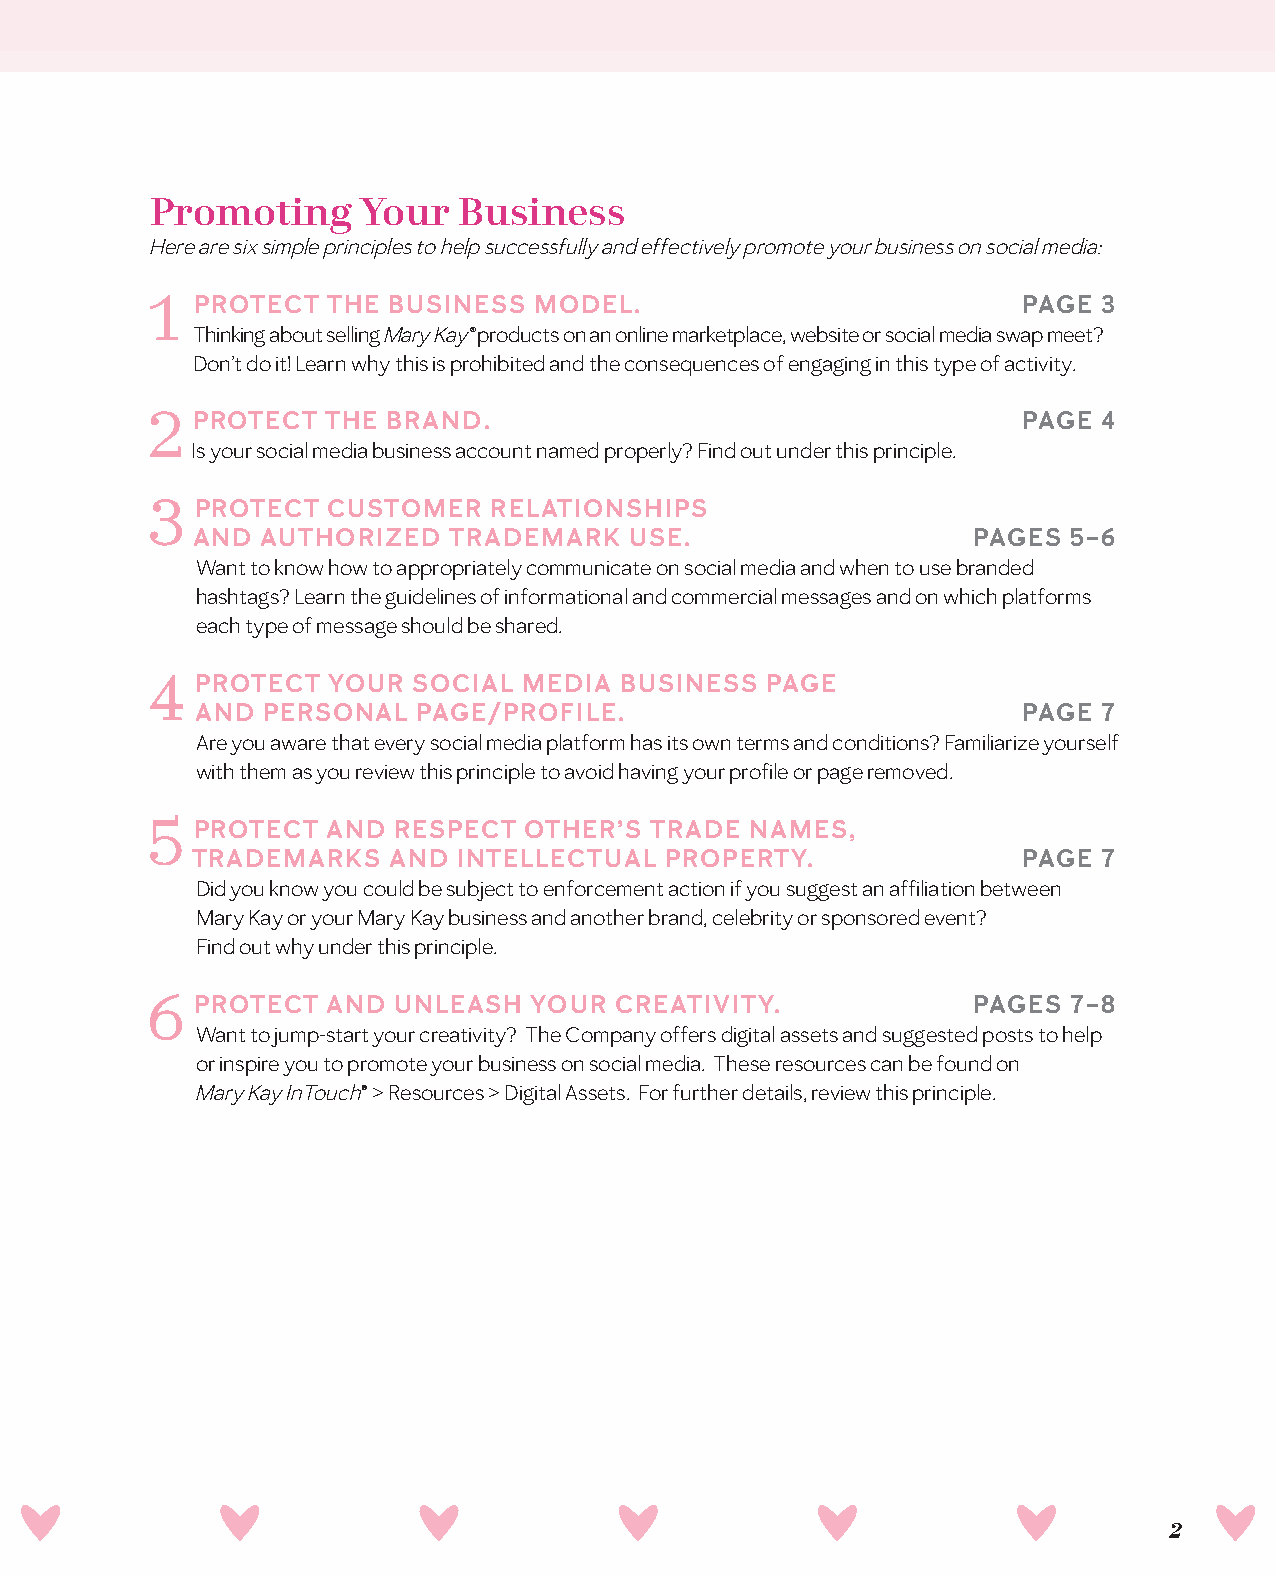
Promoting     Your  Business
 Here are six simple principles to help successfully and effectively promote your business on social media:
 PROTECT  THE BUSINESS MODEL.                           PAGE 3
 Thinking about selling Mary Kay® products on an online marketplace, website or social media swap meet?
 Don’t do it! Learn why this is prohibited and the consequences of engaging in this type of activity.
 PROTECT  THE BRAND.                                    PAGE 4
 Is your social media business account named properly? Find out under this principle.
 PROTECT  CUSTOMER  RELATIONSHIPS
 AND AUTHORIZED   TRADEMARK   USE.                  PAGES  5–6
 Want to know how to appropriately communicate on social media and when to use branded
 hashtags? Learn the guidelines of informational and commercial messages and on which platforms
 each type of message should be shared.
 PROTECT  YOUR SOCIAL  MEDIA BUSINESS  PAGE
 AND PERSONAL   PAGE/PROFILE.                           PAGE 7
 Are you aware that every social media platform has its own terms and conditions? Familiarize yourself
 with them as you review this principle to avoid having your profile or page removed.
 PROTECT  AND RESPECT  OTHER’S TRADE  NAMES,
 TRADEMARKS   AND INTELLECTUAL  PROPERTY.               PAGE 7
 Did you know you could be subject to enforcement action if you suggest an affiliation between
 Mary Kay or your Mary Kay business and another brand, celebrity or sponsored event?
 Find out why under this principle.
 PROTECT  AND UNLEASH  YOUR  CREATIVITY.            PAGES  7–8
 Want to jump-start your creativity? The Company offers digital assets and suggested posts to help
 or inspire you to promote your business on social media. These resources can be found on
 Mary Kay InTouch® > Resources > Digital Assets. For further details, review this principle.
 2